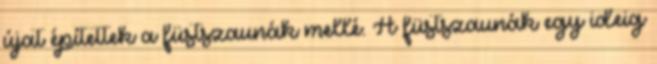
újat építettek a füstszaunák mellé. A füstszaunák egy ideig